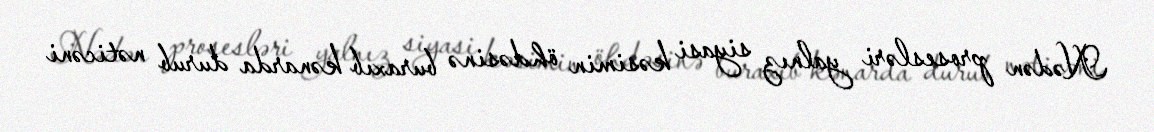
Nədən prosesləri yalnız siyasi kəsimin öhdəsinə buraxıb kənarda durub nəticəni